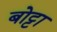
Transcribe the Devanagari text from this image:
बोट्टा